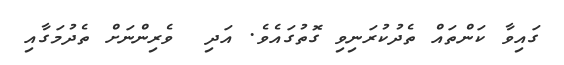
ގައިވާ ކަންތައް ތެދުކުރަނިވި ގޮތުގައެވެ. އަދި  ވެރިންނަށް ތެދުމަގާއި